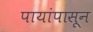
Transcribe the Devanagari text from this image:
पायांपासून